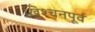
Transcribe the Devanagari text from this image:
ख्रिश्चनपूर्व